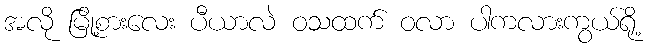
အလို မြို့စားလေး ပီယာလဲ ဝသထက် ဝလာ ပါကလားကွယ်ရို့